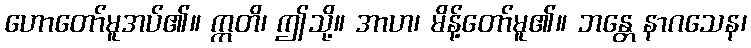
ဟောတော်မူအပ်၏။ ဣတိ၊ ဤသို့။ အာဟ၊ မိန့်တော်မူ၏။ ဘန္တေ နာဂသေန၊